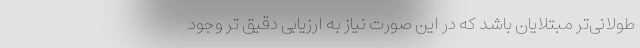
طولانی‌تر مبتلایان باشد که در این صورت نیاز به ارزیابی دقیق تر وجود